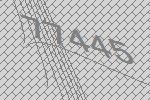
77445